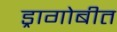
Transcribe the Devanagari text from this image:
ड्रागोबीत